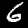
Digit: 6